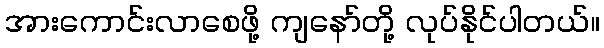
အားကောင်းလာစေဖို့ ကျနော်တို့ လုပ်နိုင်ပါတယ်။